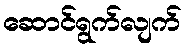
ဆောင်ရွက်လျက်